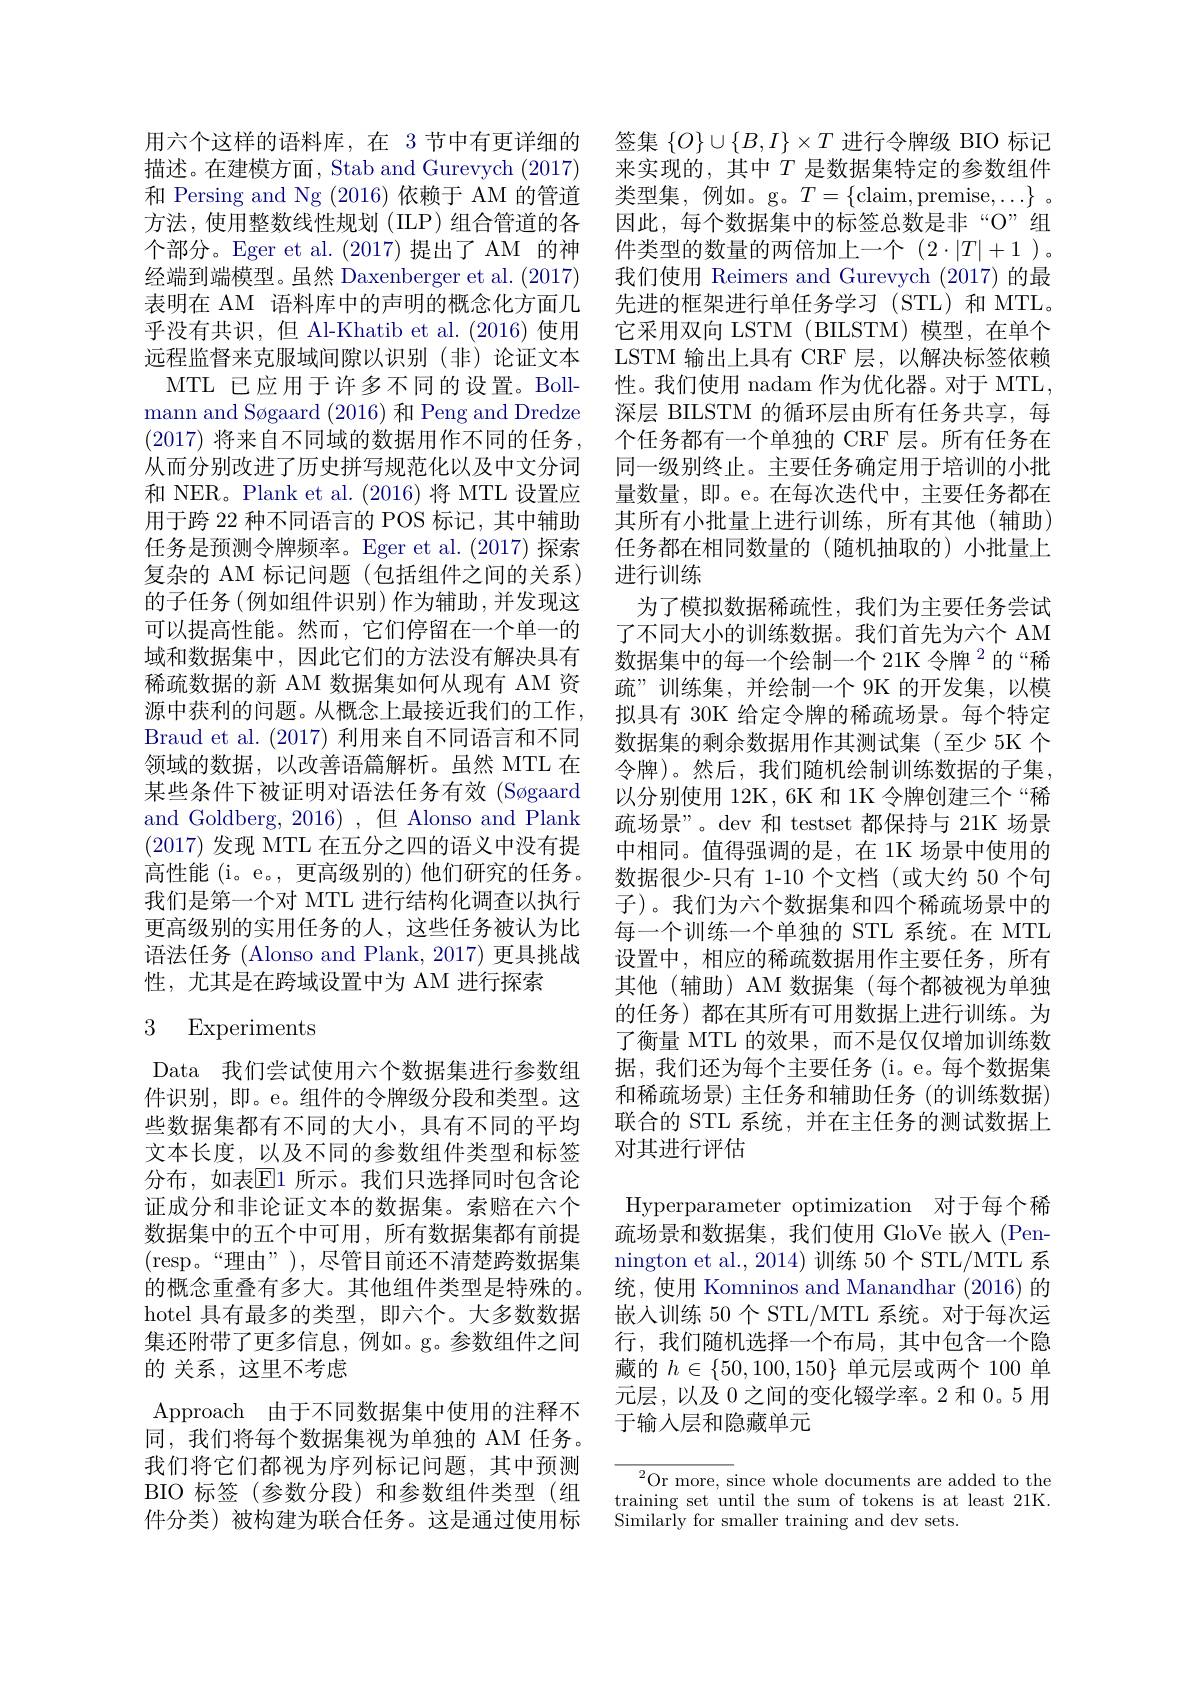
用六个这样的语料库，在 3节中有更详细的描述。在建模方面，Stab and Gurevych (2017) 和 Persing and Ng (2016)依赖于 AM 的管道方法，使用整数线性规划 (ILP) 组合管道的各个部分。Eger et al.(2017)提出了 AM 的神经端到端模型。虽然 Daxenberger et al. (2017) 表明在 AM 语料库中的声明的概念化方面几乎没有共识，但 Al-Khatib et al.(2016)使用远程监督来克服域间隙以识别(非)论证文本
MTL 已应用于许多不同的设置。Bollmann and Søgaard (2016)和 Peng and Dredze (2017) 将来自不同域的数据用作不同的任务， 从而分别改进了历史拼写规范化以及中文分词和 NER。Plank et al. (2016) 将 MTL 设置应用于跨 22 种不同语言的 POS 标记，其中辅助任务是预测令牌频率。Eger et al.(2017) 探索复杂的 AM 标记问题(包括组件之间的关系) 的子任务(例如组件识别)作为辅助，并发现这可以提高性能。然而，它们停留在一个单一的域和数据集中，因此它们的方法没有解决具有稀疏数据的新 AM 数据集如何从现有 AM 资源中获利的问题。从概念上最接近我们的工作， Braud et al. (2017)利用来自不同语言和不同领域的数据，以改善语篇解析。虽然 MTL 在某些条件下被证明对语法任务有效(Søgaard and Goldberg, 2016) ,但 Alonso and Plank (2017)发现 MTL 在五分之四的语义中没有提高性能 (i。e。, 更高级别的) 他们研究的任务。我们是第一个对 MTL 进行结构化调查以执行更高级别的实用任务的人，这些任务被认为比语法任务 (Alonso and Plank, 2017) 更具挑战性，尤其是在跨域设置中为 AM 进行探索

# 3 Experiments

Data 我们尝试使用六个数据集进行参数组件识别，即。e。组件的令牌级分段和类型。这些数据集都有不同的大小，具有不同的平均文本长度，以及不同的参数组件类型和标签分布，如表$\overline{\mathrm{E}}1$ 所示。我们只选择同时包含论证成分和非论证文本的数据集。索赔在六个数据集中的五个中可用，所有数据集都有前提(resp。“理由”),尽管目前还不清楚跨数据集的概念重叠有多大。其他组件类型是特殊的。hotel 具有最多的类型，即六个。大多数数据集还附带了更多信息，例如。g。参数组件之间的 关系，这里不考虑
Approach 由于不同数据集中使用的注释不同，我们将每个数据集视为单独的 AM 任务。我们将它们都视为序列标记问题，其中预测BIO 标签(参数分段)和参数组件类型(组件分类)被构建为联合任务。这是通过使用标

签集$\{O\}\cup\{B,I\}\times T$进行令牌级 BIO 标记来实现的，其中$T$是数据集特定的参数组件类型集，例如。g。$T=\{$claim,premise$,\ldots\}$。因此，每个数据集中的标签总数是非“O”组件类型的数量的两倍加上一个(2$\cdot|T|+1)$。我们使用 Reimers and Gurevych (2017)的最先进的框架进行单任务学习(STL)和MTL。它采用双向 LSTM (BILSTM) 模型，在单个LSTM 输出上具有 CRF 层，以解决标签依赖性。我们使用 nadam 作为优化器。对于 MTL, 深层 BILSTM 的循环层由所有任务共享，每个任务都有一个单独的 CRF 层。所有任务在同一级别终止。主要任务确定用于培训的小批量数量，即。e。在每次迭代中，主要任务都在其所有小批量上进行训练，所有其他(辅助) 任务都在相同数量的(随机抽取的)小批量上进行训练
为了模拟数据稀疏性，我们为主要任务尝试了不同大小的训练数据。我们首先为六个 AM 数据集中的每一个绘制一个 21K 令牌$^{2}$的“稀疏”训练集，并绘制一个 9K 的开发集，以模拟具有 30K 给定令牌的稀疏场景。每个特定数据集的剩余数据用作其测试集(至少 5K 个令牌)。然后，我们随机绘制训练数据的子集， 以分别使用 12K, 6K 和 1K 令牌创建三个“稀疏场景”。dev 和 testset 都保持与 21K 场景中相同。值得强调的是，在 1K 场景中使用的数据很少-只有 1-10 个文档 (或大约 50 个句子)。我们为六个数据集和四个稀疏场景中的每一个训练一个单独的 STL 系统。在 MTL 设置中，相应的稀疏数据用作主要任务，所有其他(辅助) AM 数据集 (每个都被视为单独的任务)都在其所有可用数据上进行训练。为了衡量 MTL 的效果，而不是仅仅增加训练数据，我们还为每个主要任务(i。e。每个数据集和稀疏场景) 主任务和辅助任务(的训练数据) 联合的 STL 系统，并在主任务的测试数据上对其进行评估
Hyperparameter optimization 对于每个稀疏场景和数据集，我们使用 GloVe 嵌入 (Pennington et al., 2014) 训练 50 个 STL/MTL 系统，使用 Komninos and Manandhar (2016)的嵌入训练 50 个 STL/MTL 系统。对于每次运行，我们随机选择一个布局，其中包含一个隐藏的$h\in\{50,100,150\}$单元层或两个 100 单元层，以及 0 之间的变化辍学率。2 和0。5 用于输入层和隐藏单元

$^{2}$Or more, since whole documents are added to the training set until the sum of tokens is at least 21K. Similarly for smaller training and dev sets.